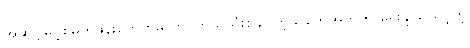
အဆင့်မြင့်စမတ်ဖုန်းတွေကိုမှ ကိုင်တွယ်သုံးစွဲချင်တဲ့သူတွေအတွက် ရွေးချယ်သင့်တဲ့